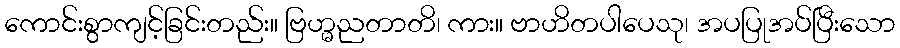
ကောင်းစွာကျင့်ခြင်းတည်း။ ဗြဟ္မညတာတိ၊ ကား။ ဗာဟိတပါပေသု၊ အပပြုအပ်ပြီးသော